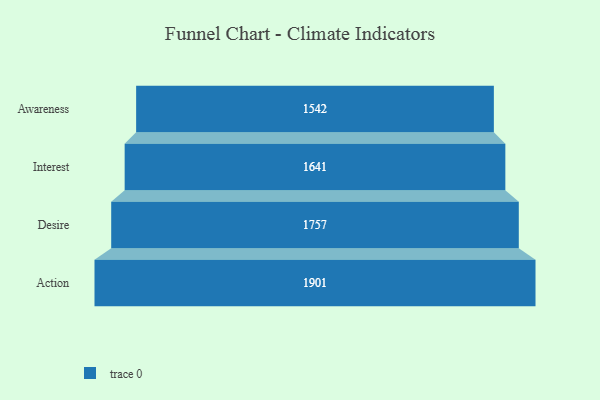
{"axis": {"x": "Stage", "y": "Value"}, "legend": [""], "data": [{"x": "Awareness", "y": 1542.0, "type": ""}, {"x": "Interest", "y": 1641.0, "type": ""}, {"x": "Desire", "y": 1757.0, "type": ""}, {"x": "Action", "y": 1901.0, "type": ""}]}